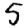
Digit: 5